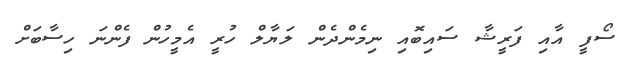
ސޯފީ އާއި ފަރީޝާ ސައިބޮއި ނިމެންދެން ލަޔާލް ހުރީ އެމީހުން ފެންނަ ހިސާބަށް